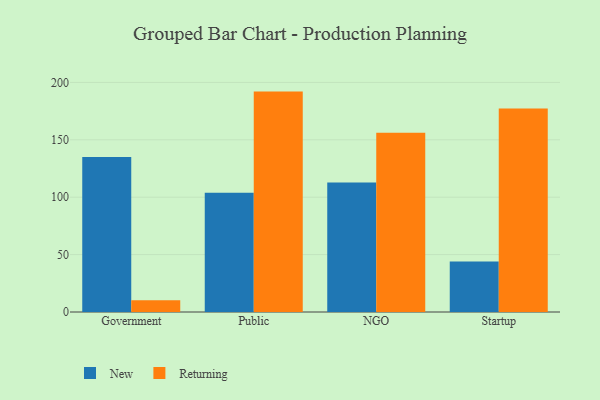
{"axis": {"x": "Segment", "y": "Churn Rate (%)"}, "legend": ["New", "Returning"], "data": [{"x": "Government", "y": 135.1, "type": "New"}, {"x": "Government", "y": 10.3, "type": "Returning"}, {"x": "Public", "y": 103.8, "type": "New"}, {"x": "Public", "y": 192.0, "type": "Returning"}, {"x": "NGO", "y": 112.9, "type": "New"}, {"x": "NGO", "y": 156.1, "type": "Returning"}, {"x": "Startup", "y": 43.9, "type": "New"}, {"x": "Startup", "y": 177.3, "type": "Returning"}]}